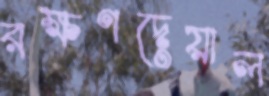
রক্ষণদেয়াল